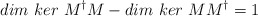
\begin{align*}dim\ ker\ M^{\dagger}M - dim\ ker\ MM^{\dagger} = 1\end{align*}